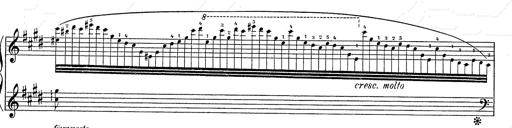
Title: Hungarian Rhapsody No.2
Composer: Franz Liszt
Key: C-sharp minor